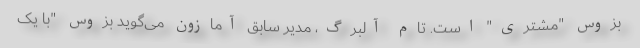
بزوس "مشتری" است. تام آلبرگ، مدیر سابق آمازون می‌گوید بزوس "با یک